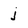
Character: j